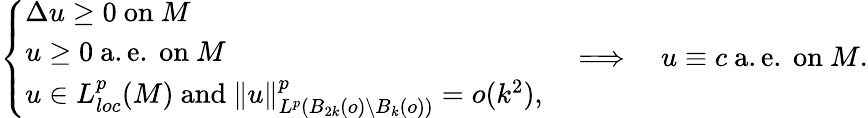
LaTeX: \left\{ \begin{array}{ll}{\Delta u\geq 0\mathrm{~on~}M}\\ {u\geq 0\mathrm{~a.e.~on~}M}\\ {u\in L_{loc}^{p}(M)\mathrm{~and~}\| u\| _{L^{p}(B_{2k}(o)\setminus B_{k}(o))}^{p}=o(k^{2}),}\end{array}\right.\quad\Longrightarrow\quad u\equiv c\mathrm{~a.e.~on~}M.